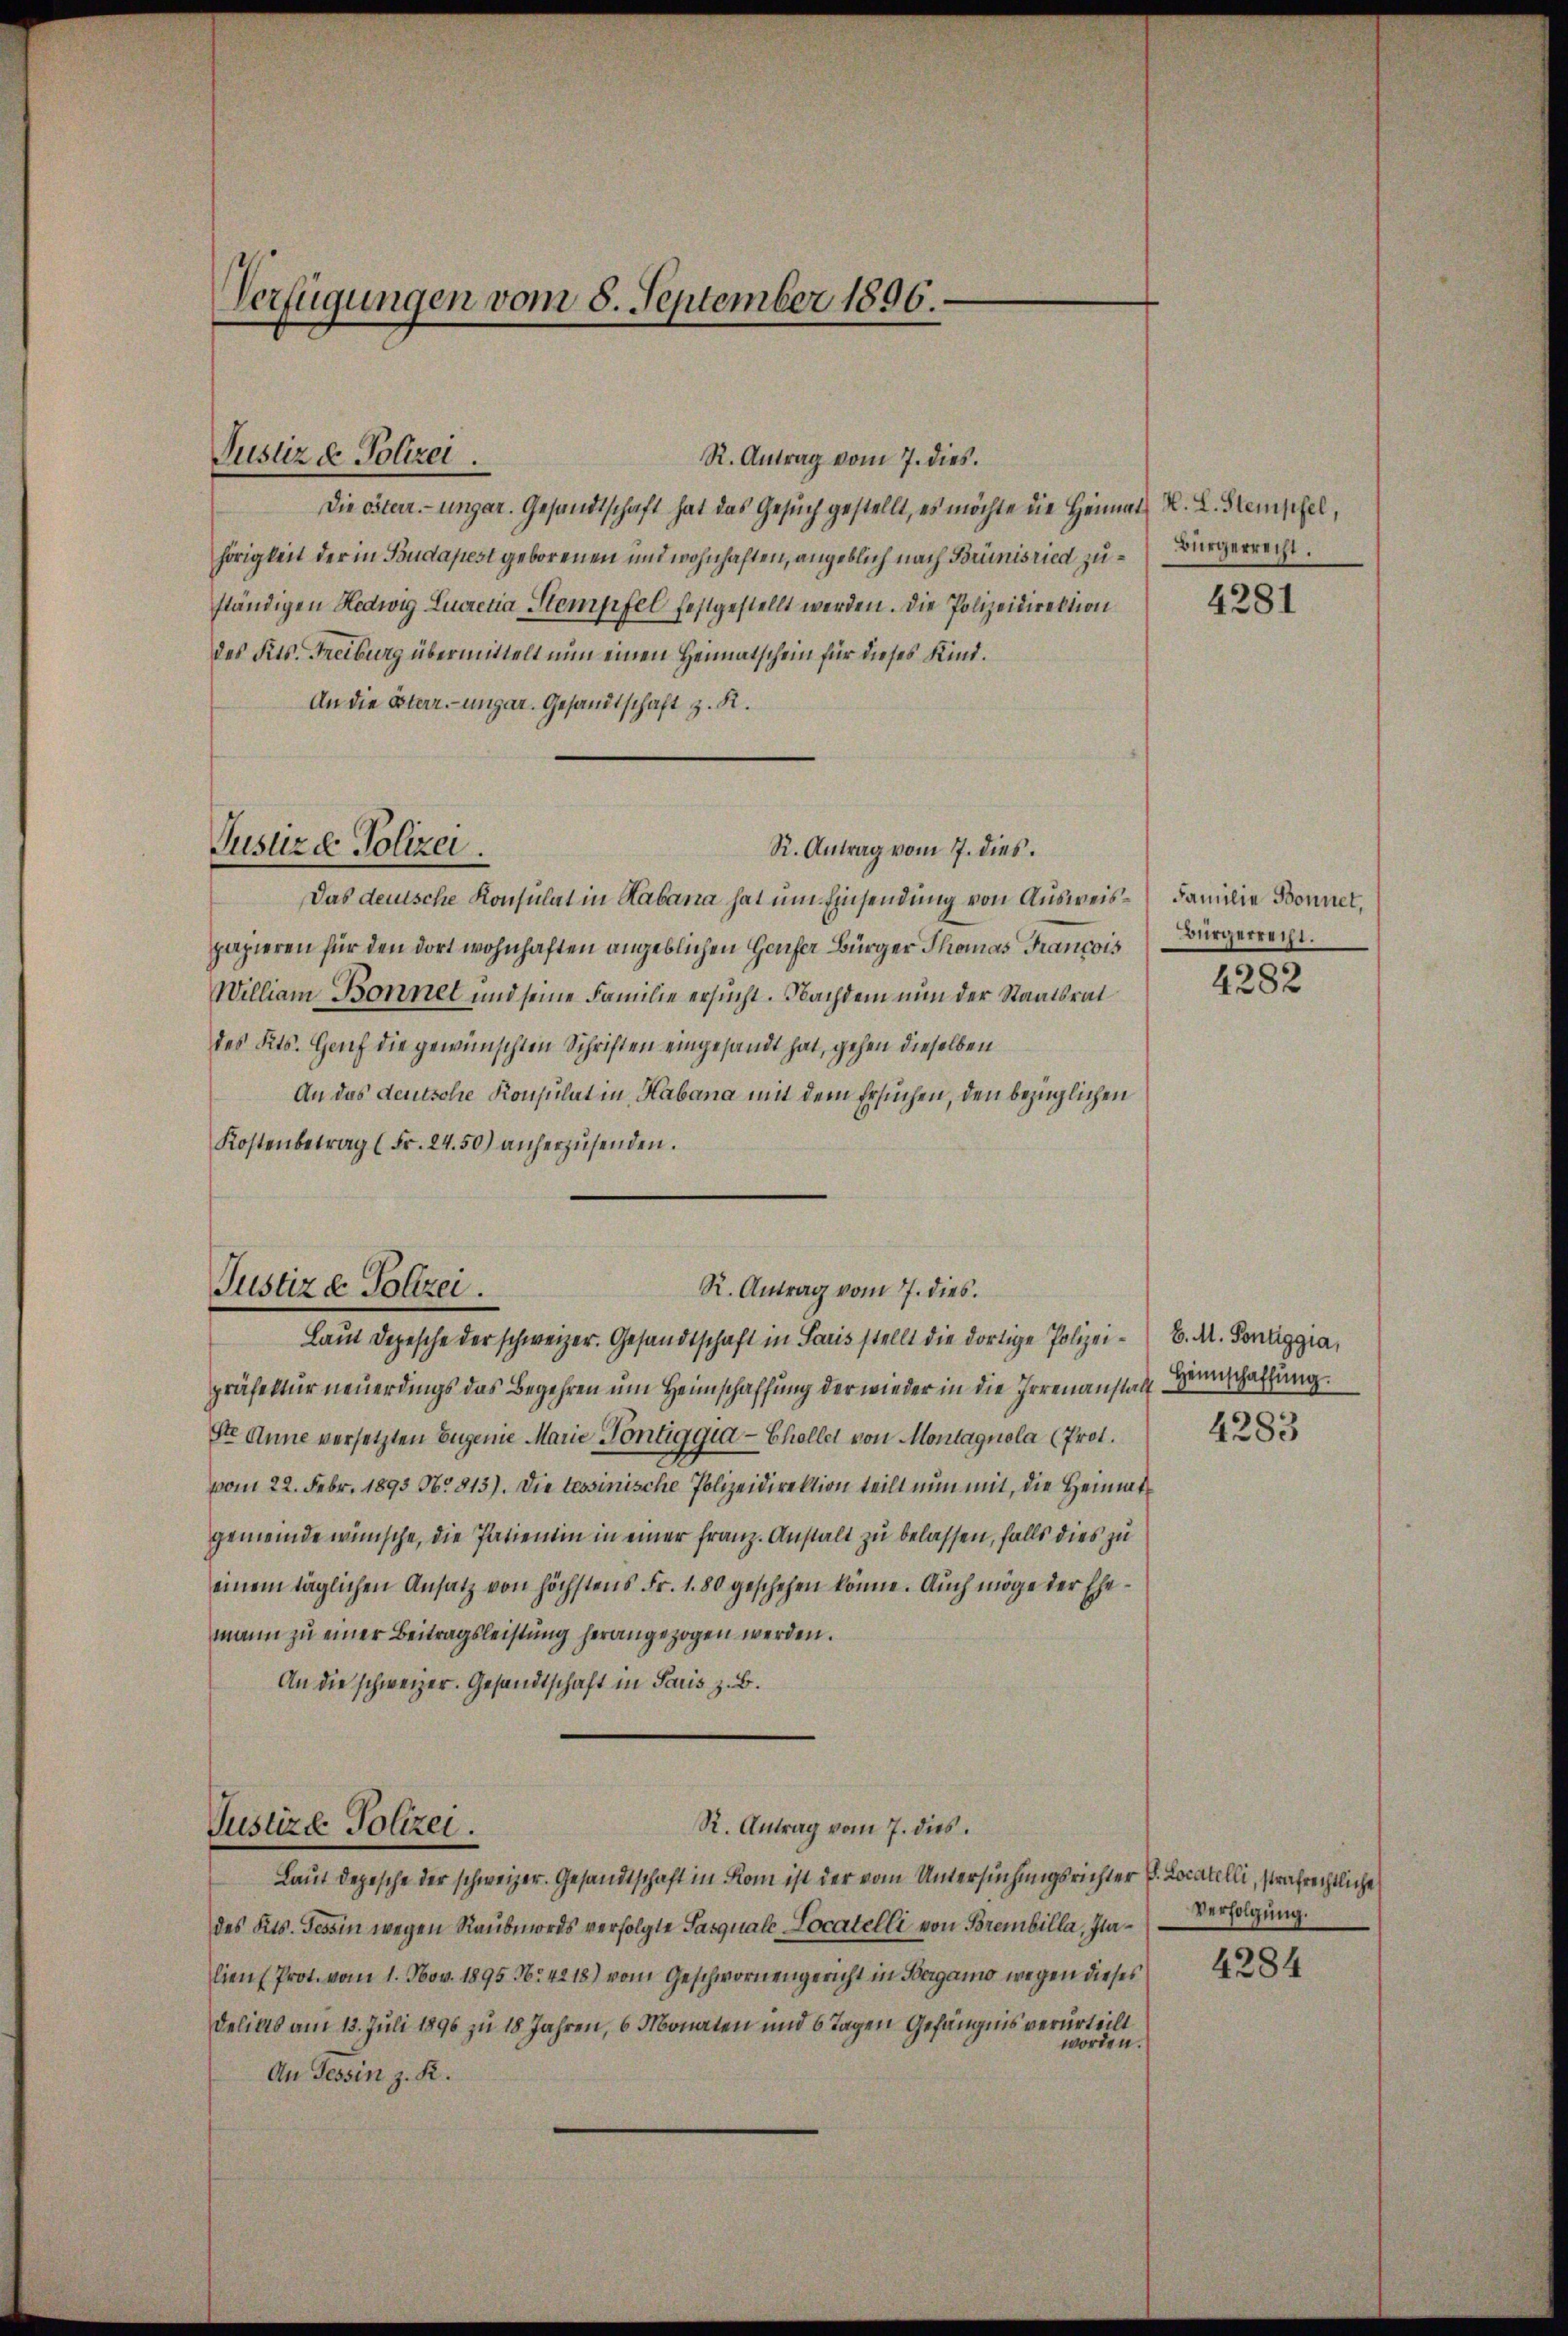
Verfügungen vom 8. September 1896.

Justiz & Polizei.

R. Antrag vom 7. dies.
Die österr.-ungar. Gesandtschaft hat das Gesuch gestellt, es möchte die Heimat W. L. Stempel,
hörigkeit der in Budapest geborenen und wohnhaften, angeblich nach Brünisried zu Bürgerrecht.
ständigen Hedwig Lucretia Stempfel festgestellt werden. Die Polizeidirektion
des Kts. Freiburg übermittelt nun einen Heimatschein für dieses Kind.
An die Esterr.-ungar. Gesandtschaft z. R.
Justizd Polizei.
R. Antrag vom 7. dies.
Das deutsche Konsulat in Habana hat um Einsendung von Ausweispapieren für den dort wohnhaften angeblichen Hauser Bürger Thomas Francois
William Bonnet und seine Familie ersucht. Nachdem nun der Staatsrat
des Kts. Genf die gewünschten Schriften eingesandt hat, gehen dieselben
An das deutsche Konsulat in Habana mit dem Ersuchen, den bezüglichen
Kostenbetrag (Fr. 24. 50) anherzusenden.

Justiz & Polizei
R. Antrag vom 7. dies
Laŭt Depesche der schweizer. Gesandtschaft in Paris stellt die dortige Polizei- B. M. Pontiggia,

präfektur neuerdings das Begehren um Heimschaffung der wieder in die Irrenanstatt Hinschaffung
Ste Anne versetzten Eugenie Marie Pontiggia - Choller von Montagnola (Prof.
vom 22. Febr. 1893 No 813). Die tessinische Polizeidirektion teilt nun mit, die Heimatgemeinde wünsche, die Patientin in einer Franz. Anstalt zu belassen, falls dies zu
einem täglichen Ansatz von höchstens Fr. 1. 80 geschehen könne. Auch möge der Ehemann zu einer Beitragsleistung herangezogen werden.
An die schweizer. Gesandtschaft in Paris z. B.
R. Antrag vom 7. dies
Justize Polizei.
Laut Depesche der schweizer. Gesandtschaft in Rom ist der vom Untersuchungsrichter H. Locatelli, strafrechtliche
des Kts. Tessin wegen Raubmords verfolgte Pasquale Locatelli von Brembilla, Italien (Prot. vom 1. Nov. 1895 Nr. 4218) vom Geschwornengericht in Bergamo wegen dieses
Delikts am 13. Juli 1890 zu 18 Jahren, 6 Monaten und 6 Tagen Gefängnis verurteilt
worden.
An Tessin z. R.

4281

Familie Bonnet,
Bürgerrecht.

4282

4283

Verfolgung.

4284